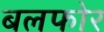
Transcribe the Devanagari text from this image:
बलफोर